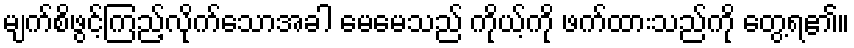
မျက်စိဖွင့်ကြည့်လိုက်သောအခါ မေမေသည် ကိုယ့်ကို ဖက်ထားသည်ကို တွေ့ရ၏။